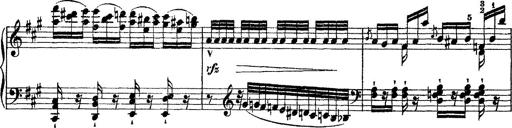
Title: Grande fantasie di bravura sur La clochette
Composer: Franz Liszt
Key: A minor